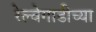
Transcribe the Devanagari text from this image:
रेल्वेगाडीच्या